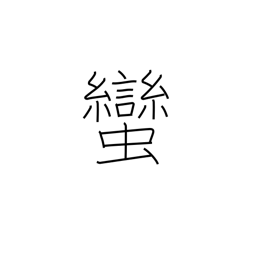
Meaning: barbarian